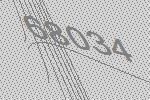
68034